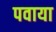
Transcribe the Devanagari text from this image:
पवाया